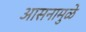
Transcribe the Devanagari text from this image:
आसनामुळे